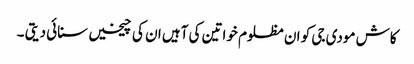
کاش مودی جی کو ان مظلوم خواتین کی آہیں ان کی چیخیں سنائی دیتی ۔